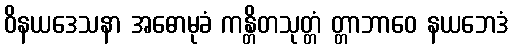
ဝိနယဒေသနာ အဓောမုခံ ကန္တိတသုတ္တံ တ္တာဘာဝေ နယဘေဒံ